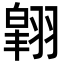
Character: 𮋉